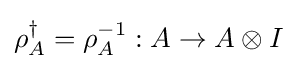
\rho _{A}^{\dagger }=\rho _{A}^{-1}:A\rightarrow A\otimes I